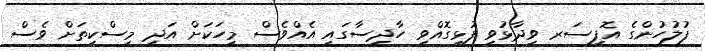
ފުލުހުންގެ އޮފިސަރ ވިދާޅުވީ ފުޅިގޮއްވި ހާދިސާގައި އެއްވެސް މީހަކަށް އަދި މިސްކިތަށް ވެސް